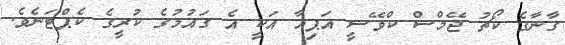
ގާނާގެ ކޯޗު ޖޭމްސް ކްވޭސީ އަޕިއާ އަކީ އެ ގައުމުގެ ކުރީގެ ކެޕްޓަނެވެ.